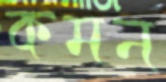
কমন